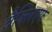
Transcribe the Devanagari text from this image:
वैक्लिएफ